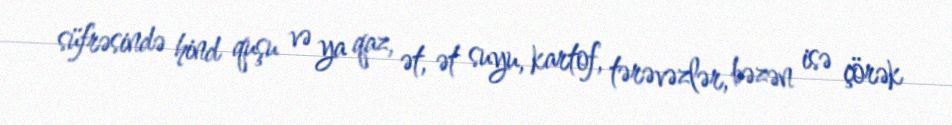
süfrəsində hind quşu və ya qaz, ət, ət suyu, kartof, tərəvəzlər, bəzən isə çörək